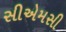
સીએમસી